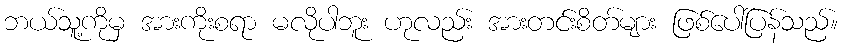
ဘယ်သူ့ကိုမှ အားကိုးစရာ မလိုပါဘူး ဟုလည်း အားတင်းစိတ်များ ဖြစ်ပေါ်ပြန်သည်။